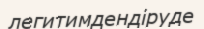
легитимдендіруде